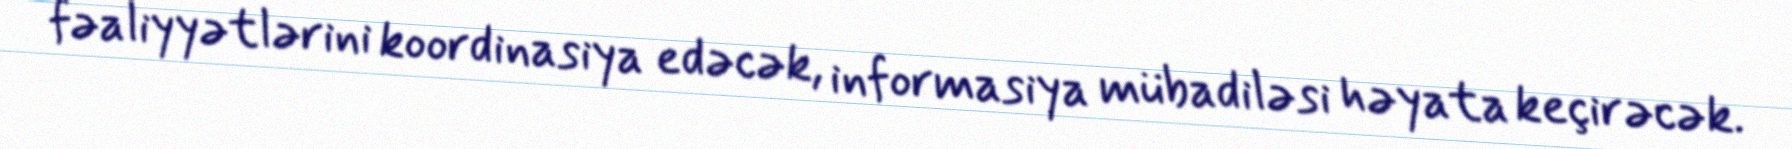
fəaliyyətlərini koordinasiya edəcək, informasiya mübadiləsi həyata keçirəcək.